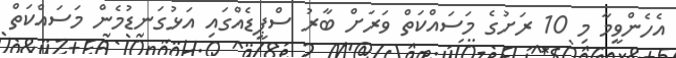
އެހެންވީމާ މި 10 ރަށުގެ މަސައްކަތް ވަރަށް ބާރު ސްޕީޑެއްގައި އަޅުގަނޑުމެން މަަސައްކަތް